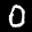
Label: 0